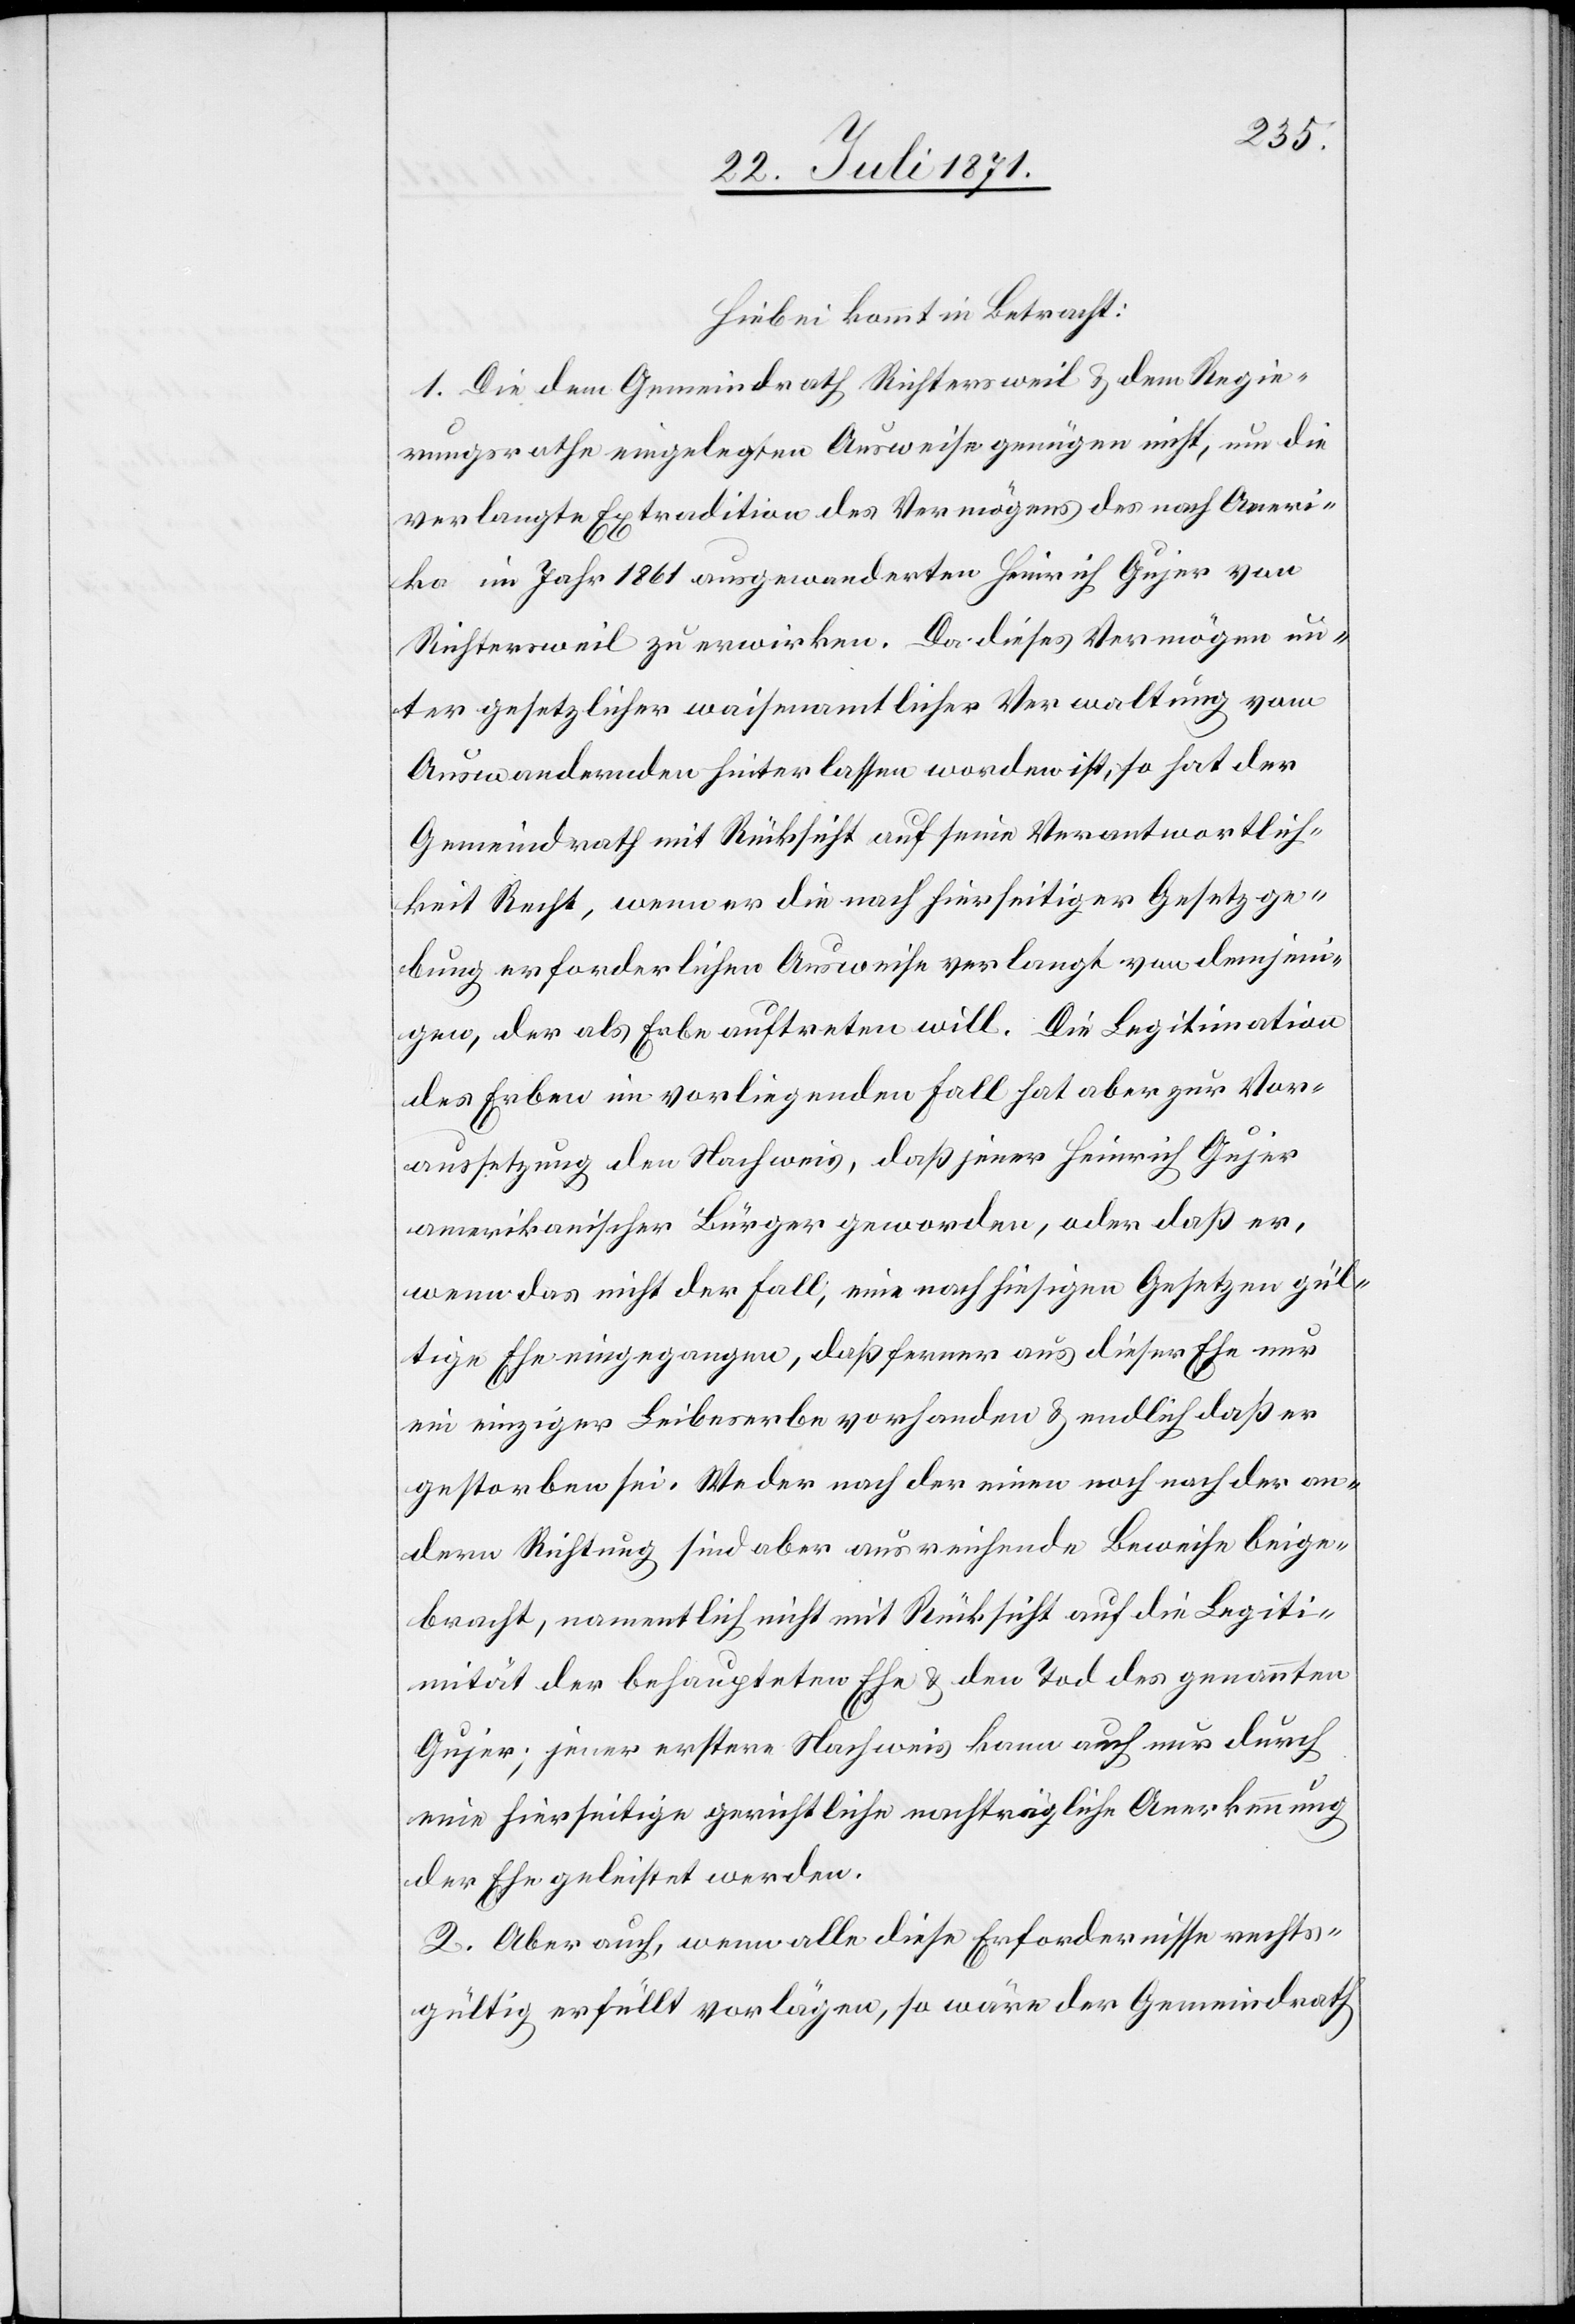
Hiebei kommt in Betracht:
1. Die Dem Gemeindrath Richterseil u. dem Regie¬
rungsrathe eingelegten Ausweise genügen nicht, um die
verlangte Extradition des Vermögens des nach Ameri¬
ka im Jahr 1861 ausgewanderten Heinrich Gujer von
Richtersweil zu erwirken. Da dieses Vermögen un¬
ter gesetzlicher waisenamtlicher Verwaltung vom
Auswandernden hinterlassen worden ist, so hat der
Gemeindrath mit Rücksicht auf seine Verantwortlich¬
keit Recht, wenn er die nach hierseitiger Gesetzge¬
bung erforderlichen Ausweise verlangt von demjeni¬
gen, der als Erbe auftreten will. Die Legitimation
des Erben im vorliegenden Fall hat aber zur Vor¬
aussetzung den Nachweis, daß jener Heinrich Gujer
amerikanischer Bürger geworden, oder daß er,
wenn das nicht der Fall, eine nach hiesigen Gesetzen gül¬
tige Ehe eingegangen, daß ferner aus dieser Ehe nur
ein einziger Leibeserbe vorhanden u. endlich daß er
gestorben sei. Weder nach der einen noch nach der an¬
dern Richtung sind aber ausreichende Beweise beige¬
bracht, namentlich nicht mit Rücksicht auf die Legiti¬
mität der behaupteten Ehe u. den Tod des genannten
Gujer; jener erstere Nachweis kann auch nur durch
eine hierseitige gerichtliche nachträgliche Anerkennung
der Ehe geleistet werden.
2. Aber auch, wenn alle diese Erfordernisse rechts¬
gültig erfüllt vorlägen, so wäre der Gemeindrath